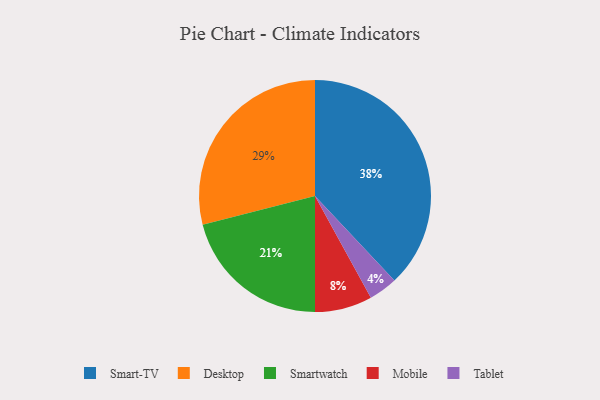
{"axis": {"x": "Category", "y": "Percentage"}, "legend": ["Desktop", "Mobile", "Smart-TV", "Smartwatch", "Tablet"], "data": [{"x": "Mobile", "y": 8, "type": "Mobile"}, {"x": "Smartwatch", "y": 21, "type": "Smartwatch"}, {"x": "Tablet", "y": 4, "type": "Tablet"}, {"x": "Smart-TV", "y": 38, "type": "Smart-TV"}, {"x": "Desktop", "y": 29, "type": "Desktop"}]}